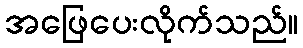
အဖြေပေးလိုက်သည်။